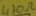
Text: 470Ω